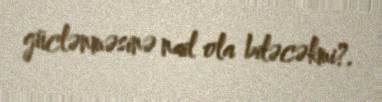
güclənməsinə nail ola biləcəkmi?.